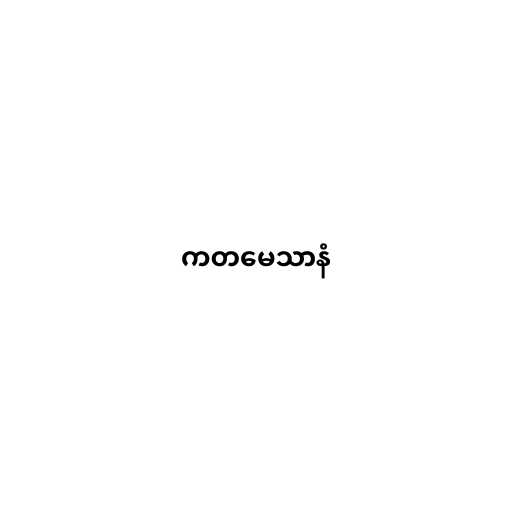
ကတမေသာနံ